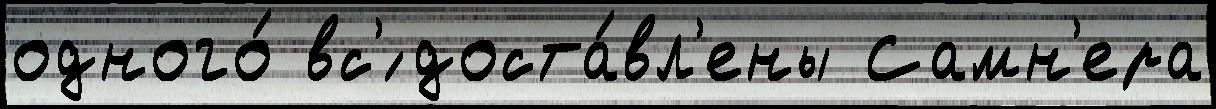
одного́ вс'́ доста́вл'ены Самн'ера